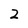
Character: 2